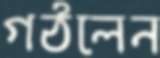
গঠলেন